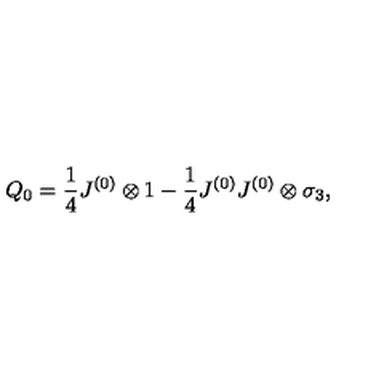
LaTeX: Q _ { 0 } = \frac { 1 } { 4 } J ^ { ( 0 ) } \otimes 1 - \frac { 1 } { 4 } J ^ { ( 0 ) } J ^ { ( 0 ) } \otimes \sigma _ { 3 } ,